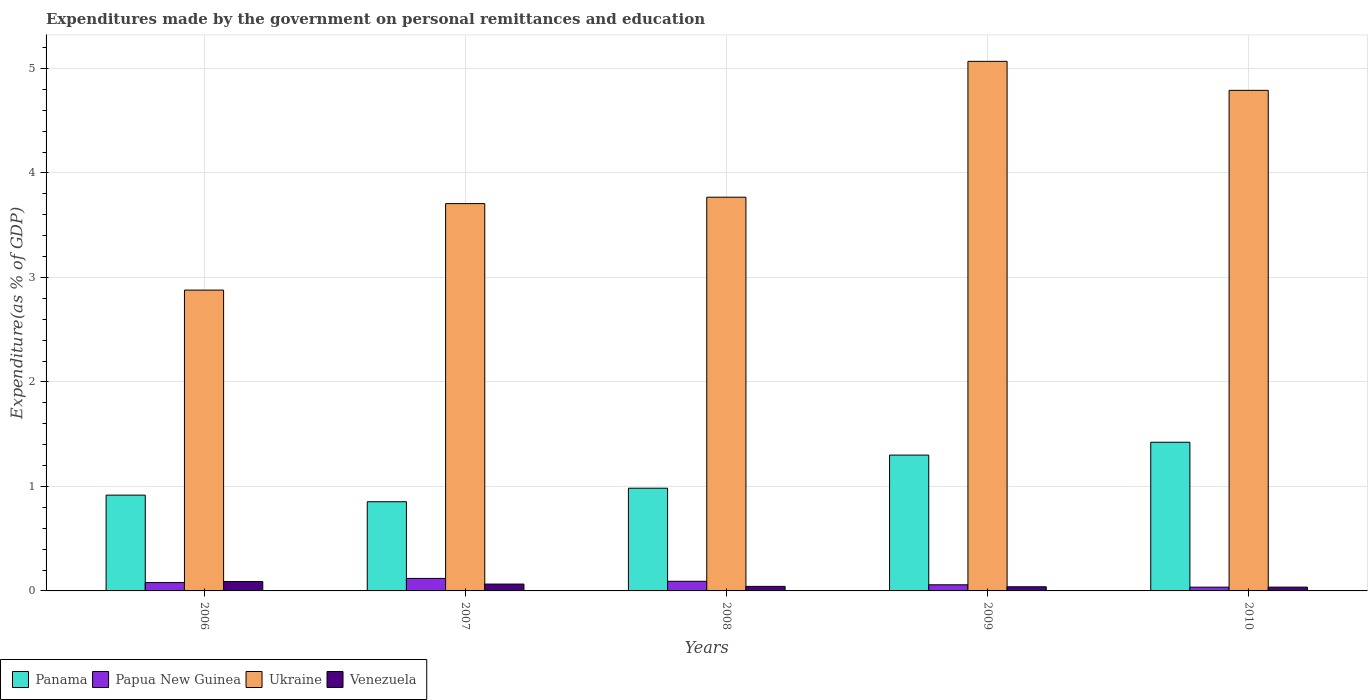
| Years | Panama | Papua New Guinea | Ukraine | Venezuela |
 | --- | --- | --- | --- | --- |
 | 2006 | 0.917 | 0.0799 | 2.88 | 0.0899 |
 | 2007 | 0.854 | 0.12 | 3.71 | 0.0655 |
 | 2008 | 0.983 | 0.0921 | 3.77 | 0.0434 |
 | 2009 | 1.3 | 0.0587 | 5.07 | 0.0398 |
 | 2010 | 1.42 | 0.036 | 4.79 | 0.0363 |